[Report on the health of British troops in the Madras command]
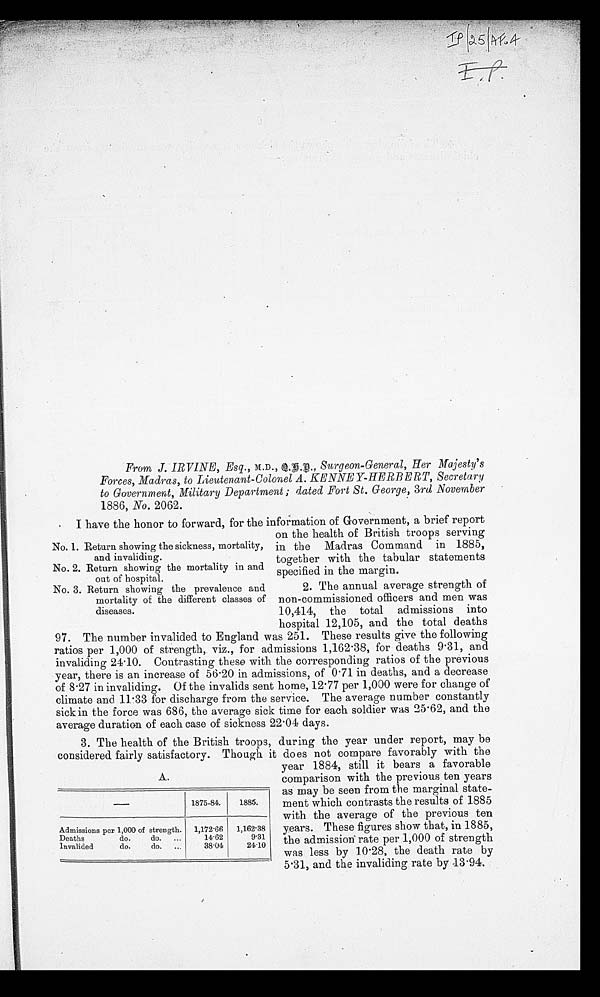
From J. IRVINE, Esq., M.D., Q.S.D., Surgeon-General, Her Majesty's
Forces, Madras, to Lieutenant-Colonel A. KENNEY-HERBERT, Secretary
to Government, Military Department; dated Fort St. George, 3rd November
1886, No. 2062.
I have the honor to forward, for the information of Government, a brief report
on the health of British troops serving
in the Madras Command in 1885,
together with the tabular statements
specified in the margin.
2. The annual average strength of
non-commissioned officers and men was
10,414, the total admissions into
hospital 12,105, and the total deaths
97. The number invalided to England was 251. These results give the following
ratios per 1,000 of strength, viz., for admissions 1,162.38, for deaths 9.31, and
invaliding 24.10. Contrasting these with the corresponding ratios of the previous
year, there is an increase of 56.20 in admissions, of 0.71 in deaths, and a decrease
of 8.27 in invaliding. Of the invalids sent home, 12.77 per 1,000 were for change of
climate and 11.33 for discharge from the service. The average number constantly
sick in the force was 686, the average sick time for each soldier was 25.62, and the
average duration of each case of sickness 22.04 days.
3. The health of the British troops, during the year under report, may be
considered fairly satisfactory. Though it does not compare favorably with the
year 1884, still it bears a favorable
comparison with the previous ten years
as may be seen from the marginal state-
ment which contrasts the results of 1885
with the average of the previous ten
years. These figures show that, in 1885,
the admission rate per 1,000 of strength
was less by 10.28, the death rate by
5.31, and the invaliding rate by 13.94.
No. 1. Return showing the sickness, mortality
and invaliding.
No. 2. Return showing the mortality in am
out of hospital.
No. 3. Return showing the prevalence and
mortality of the different classes of
diseases.
A.
1875-84. 1885.
Admissions per 1,000 of strength. 1,172.66 1,162.38
Deaths do. do.
14.62
9.31
Invalided do. do.
38.04
24.10